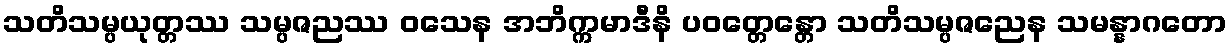
သတိသမ္ပယုတ္တဿ သမ္ပဇညဿ ဝသေန အဘိက္ကမာဒီနိ ပဝတ္တေန္တော သတိသမ္ပဇညေန သမန္နာဂတော